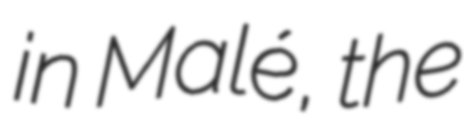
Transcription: in Malé, the